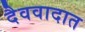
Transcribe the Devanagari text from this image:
दैववादात